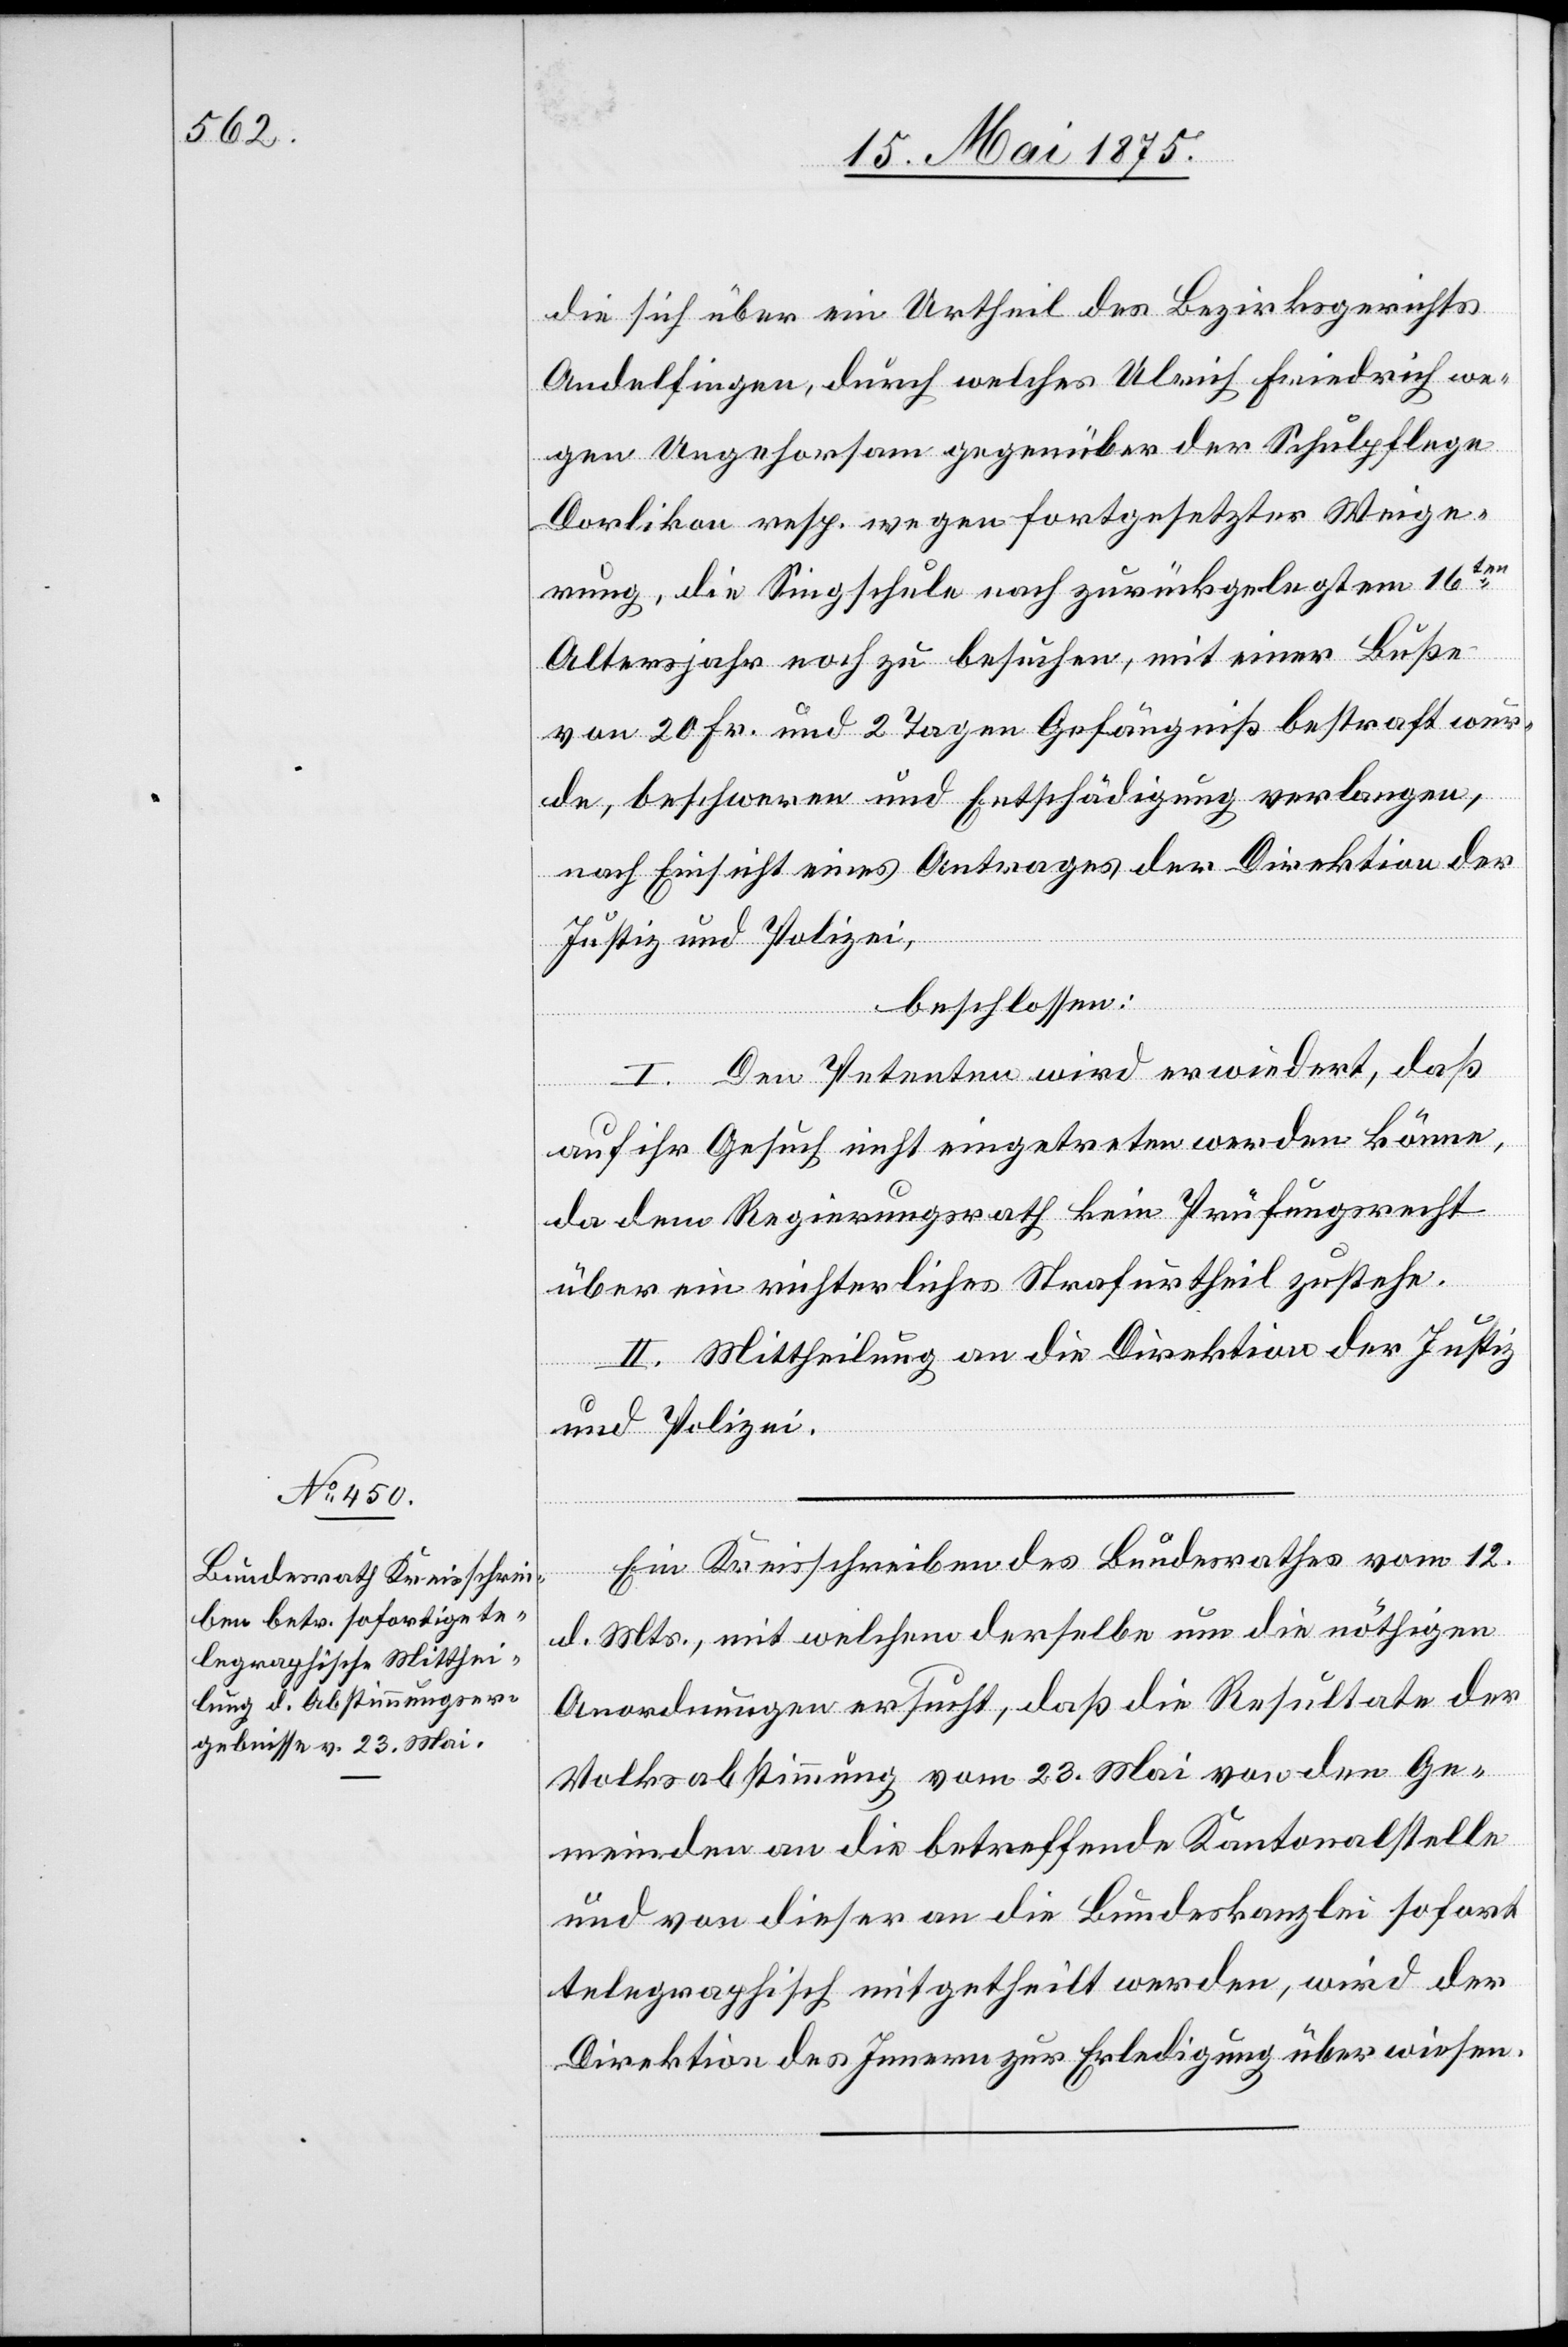
die sich über ein Urtheil des Bezirksgerichts
Andelfingen, durch welches Ulrich Friedrich we¬
gen Ungehorsam gegenüber der Schulpflege
Dorlikon resp. wegen fortgesetzter Weige¬
rung, die Singschule nach zurückgelegtem 16ten
Altersjahr noch zu besuchen, mit einer Buße
von 20 Fr. und 2 tagen Gefängniß bestraft wur¬
de, beschweren und Entschädigung verlangen,
nach Einsicht eines Antrages der Direktion der
Justiz und Polizei,
beschlossen:
I. Den Petenten wird erwiedert, daß
auf ihr Gesuch nicht eingetreten werden könne,
da dem Regierungsrath kein Prüfungsrecht
über ein richterliches Strafurtheil zustehe.
II. Mittheilung an die Direktion der Justiz
und Polizei.
Ein Kreisschreiben des Bundesrathes vom 12.
d. Mts., mit welchem derselbe um die nöthigen
Anordnungen ersucht, daß die Resultate der
Volksabstimmung vom 23. Mai von den Ge¬
meinden an die betreffende Kantonalstelle
und von dieser an die Bundeskanzlei sofort
telegraphisch mitgetheilt werden, wird der
Direktion des Innern zur Erledigung überwiesen.